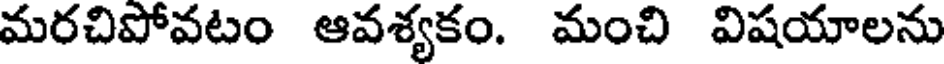
మరచిపోవటం ఆవశ్యకం. మంచి విషయాలను